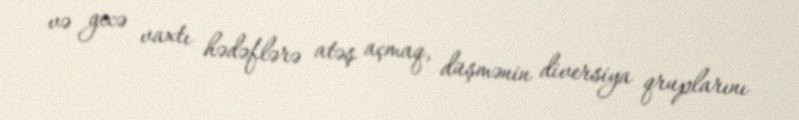
və gecə vaxtı hədəflərə atəş açmaq, düşmənin diversiya qruplarını